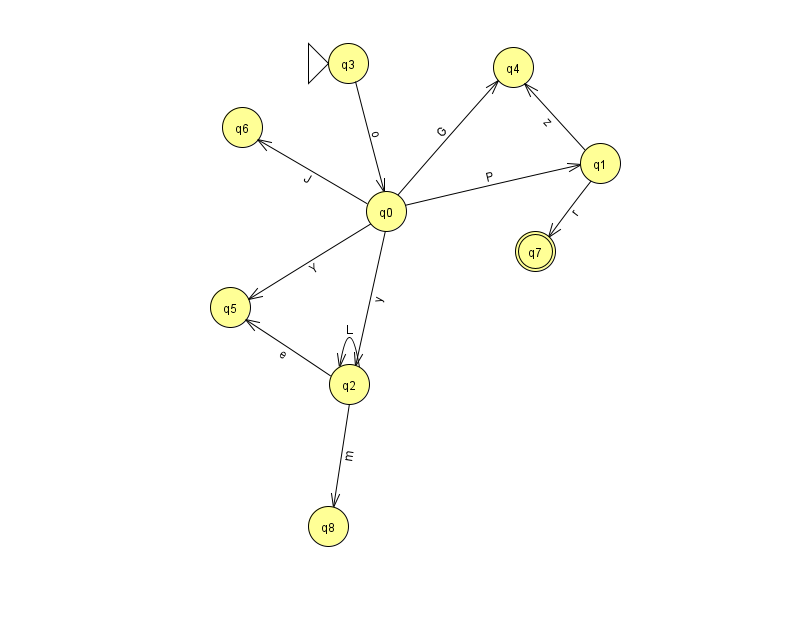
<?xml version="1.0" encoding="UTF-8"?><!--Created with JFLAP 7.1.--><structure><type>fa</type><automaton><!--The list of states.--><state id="0" name="q0"><x>386.0</x><y>198.0</y></state><state id="1" name="q1"><x>600.0</x><y>150.0</y></state><state id="2" name="q2"><x>349.0</x><y>371.0</y></state><state id="3" name="q3"><x>348.0</x><y>50.0</y><initial/></state><state id="4" name="q4"><x>513.0</x><y>54.0</y></state><state id="5" name="q5"><x>230.0</x><y>294.0</y></state><state id="6" name="q6"><x>242.0</x><y>114.0</y></state><state id="7" name="q7"><x>535.0</x><y>238.0</y><final/></state><state id="8" name="q8"><x>328.0</x><y>513.0</y></state><!--The list of transitions.--><transition><from>0</from><to>6</to><read>J</read></transition><transition><from>1</from><to>4</to><read>z</read></transition><transition><from>2</from><to>8</to><read>m</read></transition><transition><from>0</from><to>1</to><read>P</read></transition><transition><from>0</from><to>2</to><read>y</read></transition><transition><from>0</from><to>5</to><read>Y</read></transition><transition><from>2</from><to>5</to><read>e</read></transition><transition><from>3</from><to>0</to><read>o</read></transition><transition><from>0</from><to>4</to><read>G</read></transition><transition><from>1</from><to>7</to><read>r</read></transition><transition><from>2</from><to>2</to><read>L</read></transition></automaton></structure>